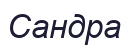
Сандра